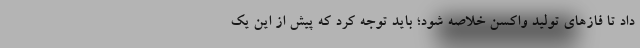
داد تا فازهای تولید واکسن خلاصه شود؛ باید توجه کرد که پیش از این یک